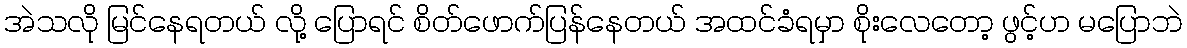
အဲသလို မြင်နေရတယ် လို့ ပြောရင် စိတ်ဖောက်ပြန်နေတယ် အထင်ခံရမှာ စိုးလေတော့ ဖွင့်ဟ မပြောဘဲ